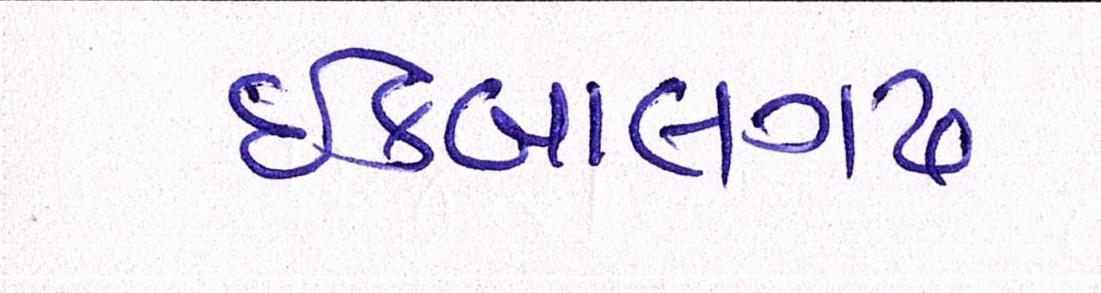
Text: ઇકબાલગઢ